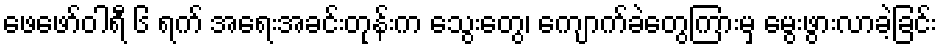
ဖေဖော်ဝါရီ ၆ ရက် အရေးအခင်းတုန်းက သွေးတွေ၊ ကျောက်ခဲတွေကြားမှ မွေးဖွားလာခဲ့ခြင်း